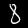
Label: 8